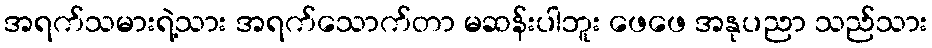
အရက်သမားရဲ့သား အရက်သောက်တာ မဆန်းပါဘူး ဖေဖေ အနုပညာ သည်သား